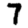
Digit: 7